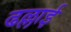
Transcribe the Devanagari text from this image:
ढल्लाई